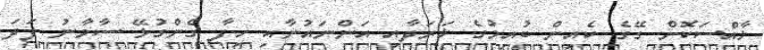
ޚާއްސަކޮށް ގޭގެ ކެއިން ބުއިމުގެ ޚަރަދާއި އަންނައުނާއި ހިފާ ގެންގުޅޭ ސާމާނު ފަދަ